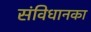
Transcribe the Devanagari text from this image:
संविधानका